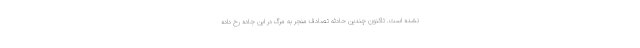
نشده است. تاکنون چندین حادثه تصادف منجر به مرگ در این جاده رخ داده